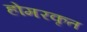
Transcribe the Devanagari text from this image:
होमरकृत